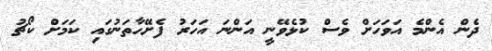
ދެން އެންމެ އަވަހަށް ވެސް ކުޅެވޭނީ އަންނަ އަހަރު ފެށޭހާތަނުގައި ކަމަށް ކޯޗު